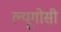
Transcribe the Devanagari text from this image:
ल्यूगोसी